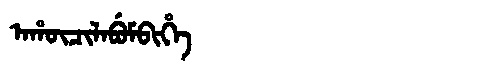
Manchu: ᠠᡥᡡᠴᡳᠯᠠᠪᡠᠮᠪᡳᡥᡝ
Romanization: AHŪCILABUMBIHE